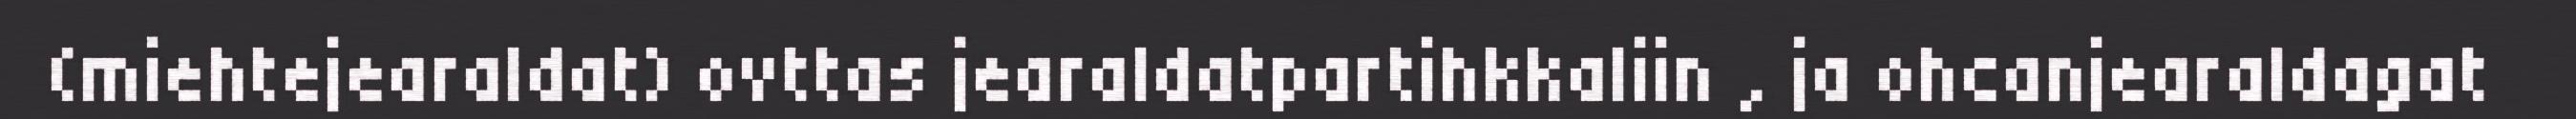
(miehtejearaldat) ovttas jearaldatpartihkkaliin , ja ohcanjearaldagat